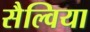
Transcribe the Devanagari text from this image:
सैल्विया